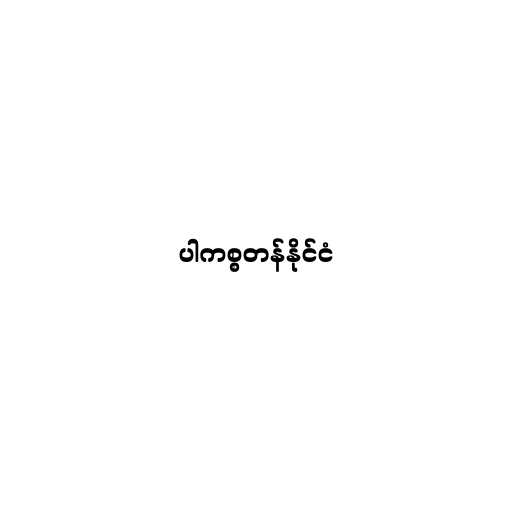
ပါကစ္စတန်နိုင်ငံ